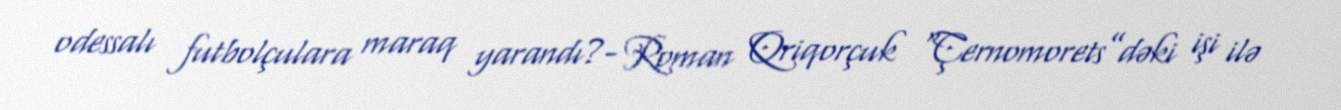
odessalı futbolçulara maraq yarandı?- Roman Qriqorçuk “Çernomorets”dəki işi ilə